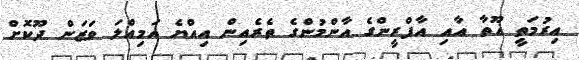
އިރުމަތީ ޣޫތާ އާއި އާފްރީންގެ އާންމުންގެ ތެރެއިން އިއްޔެ އަމިއްލަ ވަޒަން ދޫކޮށް